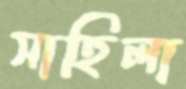
সাহিলা